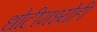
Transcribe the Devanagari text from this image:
धोटीमध्येही